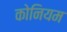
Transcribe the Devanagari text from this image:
कोनियम